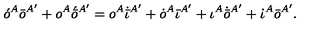
\acute { o } ^ { A } \bar { o } ^ { A ^ { \prime } } + o ^ { A } \acute { \bar { o } } { } ^ { A ^ { \prime } } = o ^ { A } \dot { \bar { \iota } } { } ^ { A ^ { \prime } } + \dot { o } ^ { A } \bar { \iota } { } ^ { A ^ { \prime } } + \iota ^ { A } \dot { \bar { o } } { } ^ { A ^ { \prime } } + \dot { \iota } ^ { A } \bar { o } { } ^ { A ^ { \prime } } .